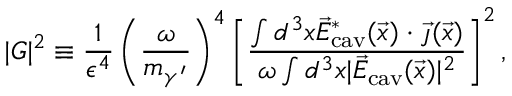
| G | ^ { 2 } \equiv \frac 1 { \epsilon ^ { 4 } } \left( \frac { \omega } { m _ { \gamma ^ { \prime } } } \right) ^ { 4 } \left[ \frac { \int d ^ { 3 } x \vec { E } _ { \mathrm { c a v } } ^ { * } ( \vec { x } ) \cdot \vec { \jmath } ( \vec { x } ) } { \omega \int d ^ { 3 } x | \vec { E } _ { \mathrm { c a v } } ( \vec { x } ) | ^ { 2 } } \right] ^ { 2 } ,